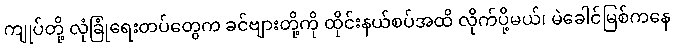
ကျုပ်တို့ လုံခြုံရေးတပ်တွေက ခင်ဗျားတို့ကို ထိုင်းနယ်စပ်အထိ လိုက်ပို့မယ်၊ မဲခေါင်မြစ်ကနေ